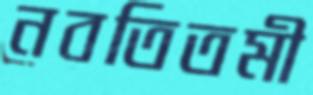
নবতিতমী